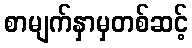
စာမျက်နှာမှတစ်ဆင့်